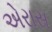
એરાસ